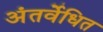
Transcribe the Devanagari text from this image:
अंतर्वेधित